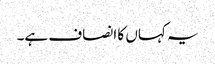
یہ کہاں کا انصاف ہے۔